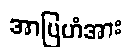
အာဗြဟံအား